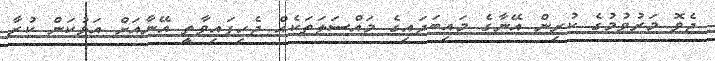
ޖެވޮ މަރުވުމުގެ ކުރިން އޭނާގެ މައިބަދައިގެ މައްސަލަތަކެއް ޖެހިފައިވާތީ އޭނާއަށް އަޅުކަން ކުރާ